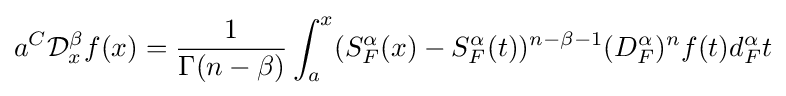
{a}^{C}{\mathcal {D}}_{x}^{\beta }f(x)={\frac {1}{\Gamma (n-\beta )}}\int _{a}^{x}(S_{F}^{\alpha }(x)-S_{F}^{\alpha }(t))^{n-\beta -1}(D_{F}^{\alpha })^{n}f(t)d_{F}^{\alpha }t